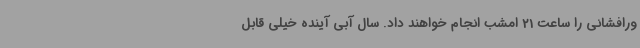
ورافشانی را ساعت 21 امشب انجام خواهند داد. سال آبی آینده خیلی قابل